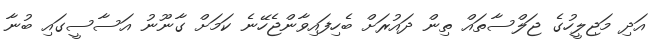
އަދި މަޖިލީހުގެ ޖަލްސާތައް ތިން ދައުރަށް ބެހިފައިވާންޖެހޭނެ ކަމަށް ގާނޫނު އަސާސީގައި ބުނާ